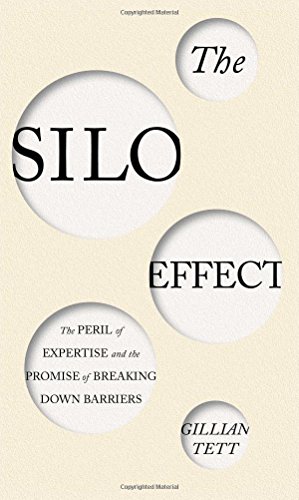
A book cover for The Silo Effect: The Peril of Expertise and the Promise of Breaking Down Barriers; Gillian Tett; Science & Math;